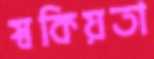
স্বকিয়তা